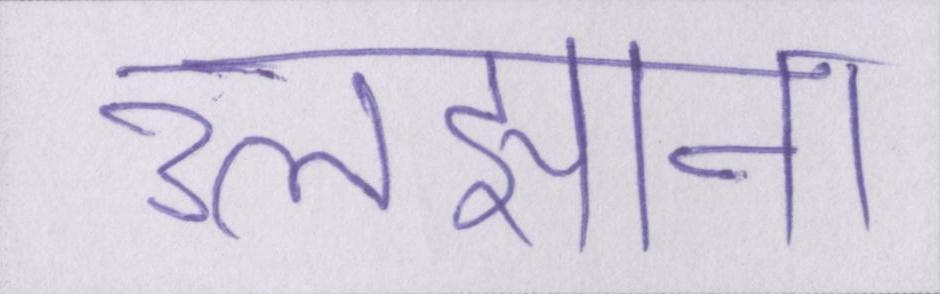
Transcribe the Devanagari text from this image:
उलझाना